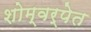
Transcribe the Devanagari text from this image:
शोम्वर्पेत